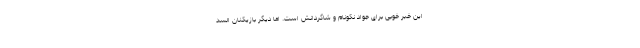
این خبر خوبی برای جواد نکونام و شاگردانش است. اما دیگر بازیکنان السد